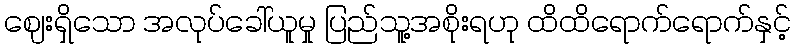
ဈေးရှိသော အလုပ်ခေါ်ယူမှု ပြည်သူ့အစိုးရဟု ထိထိရောက်ရောက်နှင့်